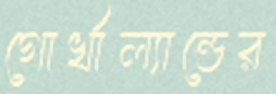
গোর্খাল্যান্ডের